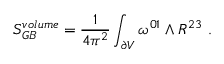
S _ { G B } ^ { v o l u m e } = { \frac { 1 } { 4 \pi ^ { 2 } } } \int _ { \partial V } \omega ^ { 0 1 } \wedge R ^ { 2 3 } \ .